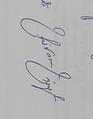
Signature authenticity: genuine